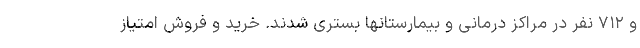
و ۷۱۲ نفر در مراکز درمانی و بیمارستانها بستری شدند. خرید و فروش امتیاز